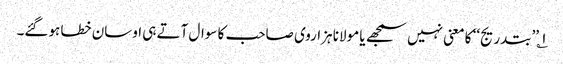
۱؎ ’’بتدریج‘‘ کا معنی نہیں سمجھے یا مولانا ہزاروی صاحب کا سوال آتے ہی اوسان خطا ہوگئے۔